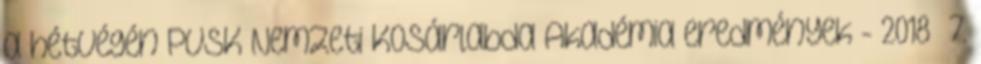
a hétvégén PVSK Nemzeti Kosárlabda Akadémia eredmények - 2018 7.